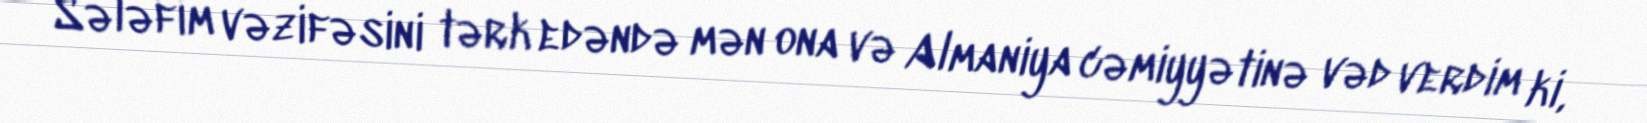
Sələfim vəzifəsini tərk edəndə mən ona və Almaniya cəmiyyətinə vəd verdim ki,